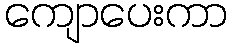
ကျောပေးကာ